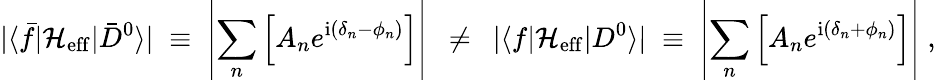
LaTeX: |\langle\bar{f}|{\cal H}_{\mathrm{eff}}|\bar{D}^{0}\rangle|\; \equiv\; \left|\sum_{n}\left[A_{n}e^{\mathrm{i}(\delta_{n}-\phi_{n})}\right]\right|~~\neq~~|\langle f|{\cal H}_{\mathrm{eff}}|D^{0}\rangle|\; \equiv\; \left|\sum_{n}\left[A_{n}e^{\mathrm{i}(\delta_{n}+\phi_{n})}\right]\right|\; ,